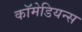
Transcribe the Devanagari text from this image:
कॉमेडियन्स